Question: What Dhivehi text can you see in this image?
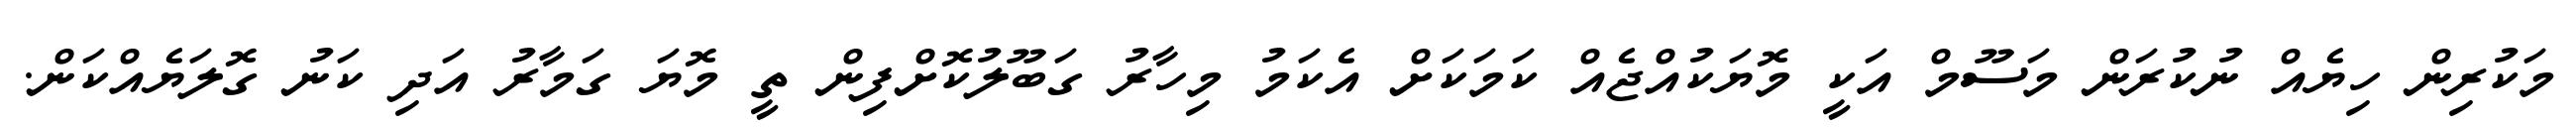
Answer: މަކުރިން ހިޔެއް ނުކުރަން މަސޫމް އަކީ މޮޔަކުއްޖެއް ކަމަކަށް އެކަމު މިހާރު ގަބޫލުކޮށްފިން ތީ މޮޔަ ގަމާރު އަދި ކަނު ގޮލަޔެއްކަން.